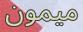
ميمون